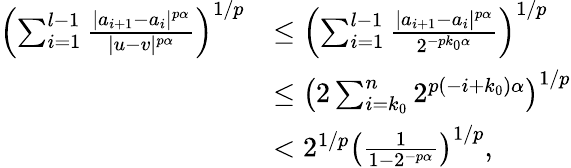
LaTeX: \begin{array}{rl}{\left(\sum_{i=1}^{l-1}\frac{|a_{i+1}-a_{i}|^{p\alpha}}{|u-v|^{p\alpha}}\right)^{1/p}}&{\leq\left(\sum_{i=1}^{l-1}\frac{|a_{i+1}-a_{i}|^{p\alpha}}{2^{-pk_{0}\alpha}}\right)^{1/p}}\\ &{\leq\left(2\sum_{i=k_{0}}^{n}2^{p(-i+k_{0})\alpha}\right)^{1/p}}\\ &{<2^{1/p}\left(\frac 1{1-2^{-p\alpha}}\right)^{1/p}\mathrm{,}}\end{array}